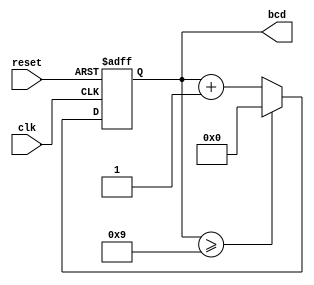
`timescale 1ns / 1ps
//////////////////////////////////////////////////////////////////////////////////
// Company: 
// Engineer: 
// 
// Design Name: 
// Module Name: up_counter
// Project Name: 
// Target Devices: 
// Tool Versions: 
// Description: 
// 
// Dependencies: 
// 
// Revision:
// Revision 0.01 - File Created
// Additional Comments:
// 
//////////////////////////////////////////////////////////////////////////////////


module up_counter(clk, reset, bcd);

    input clk, reset;
    output reg [3:0] bcd;
    
    always @(posedge clk,posedge reset)
    begin 
        if(reset) bcd <= 4'b0000;
        else if(clk) begin
            if (bcd >= 9) 
            begin
                bcd <= 4'b0000;
            end
            else bcd <= bcd + 1;     
        end
    end
endmodule